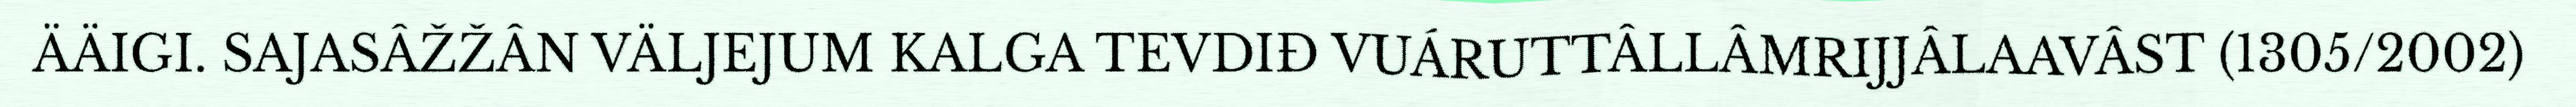
ÄÄIGI. SAJASÂŽŽÂN VÄLJEJUM KALGA TEVDIĐ VUÁRUTTÂLLÂMRIJJÂLAAVÂST (1305/2002)